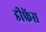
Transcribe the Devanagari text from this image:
डीफ्रेंस